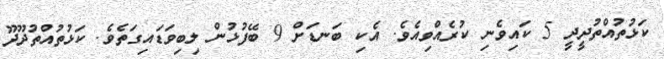
ކަޅުތުއްތުދީދީ 5 ކައިވެނި ކުރެއްވިއެވެ. އެކި ބަނޑަށް 9 ބޭފުޅުން ލިބިވަޑައިގަތެވެ. ކަޅުތުއްތުދޫދޫ